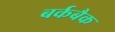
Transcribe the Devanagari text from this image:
बर्कबैक